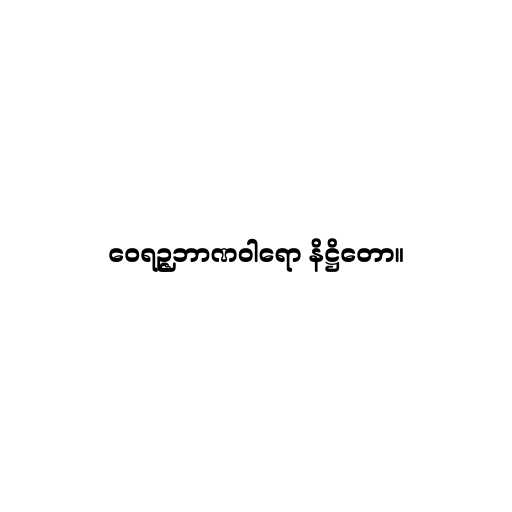
ဝေရဉ္ဇဘာဏဝါရော နိဋ္ဌိတော။